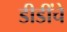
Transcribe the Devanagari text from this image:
डीडींचे